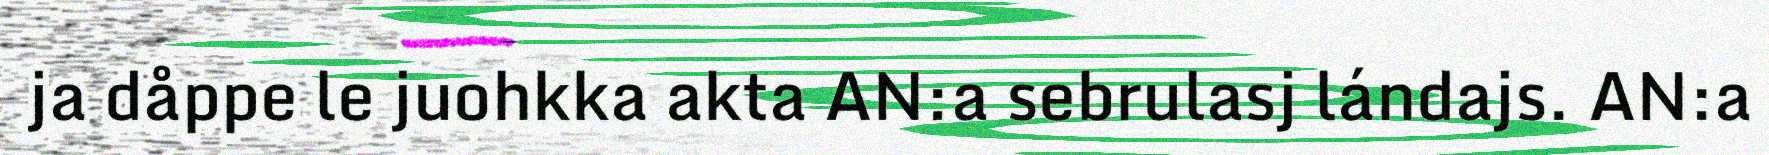
ja dåppe le juohkka akta AN:a sebrulasj lándajs. AN:a